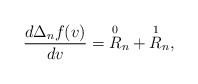
\begin{align*} \frac{d\Delta_nf(v)}{dv}=\overset{0}{R}_n+\overset{1}{R}_n,\end{align*}